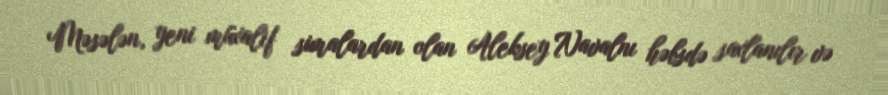
Məsələn, yeni müxalif simalardan olan Aleksey Navalnı həbsdə saxlanılır və